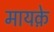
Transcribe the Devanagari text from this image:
मायक़े